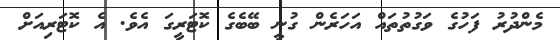
މެންދުރު ފަހުގެ ވަގުތުތައް އަހަރެން ގުނީ ބޭބެގެ ކޮޓަރީގަ އެވެ. އެ ކޮޓަރިއަށް